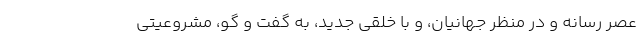
عصر رسانه و در منظر جهانیان، و با خلقی جدید، به گفت و گو، مشروعیتی